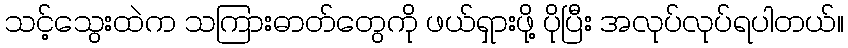
သင့်သွေးထဲက သကြားဓာတ်တွေကို ဖယ်ရှားဖို့ ပိုပြီး အလုပ်လုပ်ရပါတယ်။